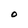
Character: O